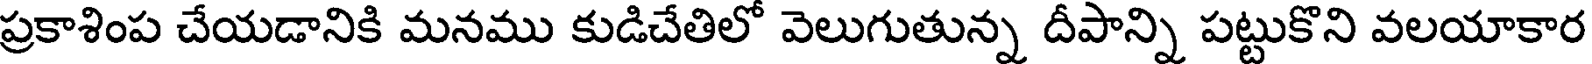
ప్రకాశింప చేయడానికి మనము కుడిచేతిలో వెలుగుతున్న దీపాన్ని పట్టుకొని వలయాకార